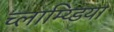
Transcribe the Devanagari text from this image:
च्लाम्य्डिया